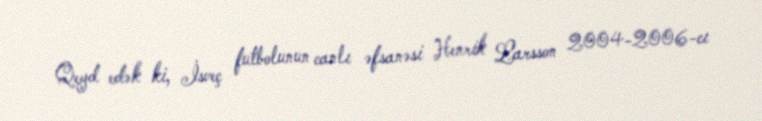
Qeyd edək ki, İsveç futbolunun canlı əfsanəsi Henrik Larsson 2004-2006-cı